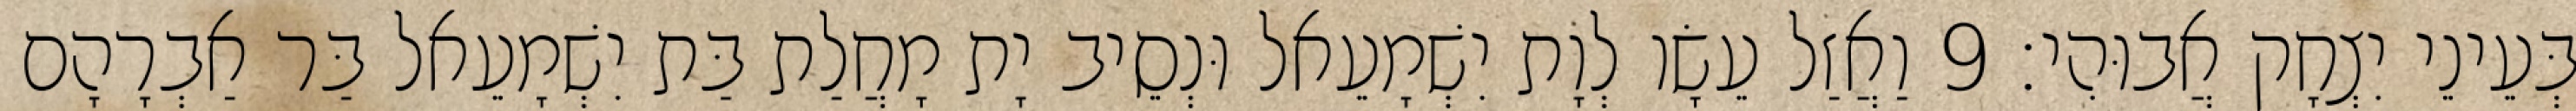
בְּעֵינֵי יִצְחָק אֲבוּהִי׃ 9 וַאֲזַל עֵשָׂו לְוָת יִשְׁמָעֵאל וּנְסֵיב יָת מָחֲלַת בַּת יִשְׁמָעֵאל בַּר אַבְרָהָם